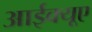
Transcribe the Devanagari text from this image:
आईक्यूए